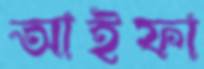
আইফা